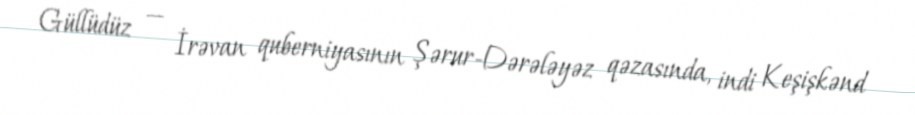
Güllüdüz — İrəvan quberniyasının Şərur-Dərələyəz qəzasında, indi Keşişkənd